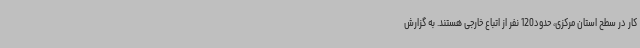
کار در سطح استان مرکزی، حدود120 نفر از اتباع خارجی هستند. به گزارش